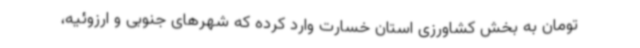
تومان به بخش کشاورزی استان خسارت وارد کرده که شهرهای جنوبی و ارزوئیه،